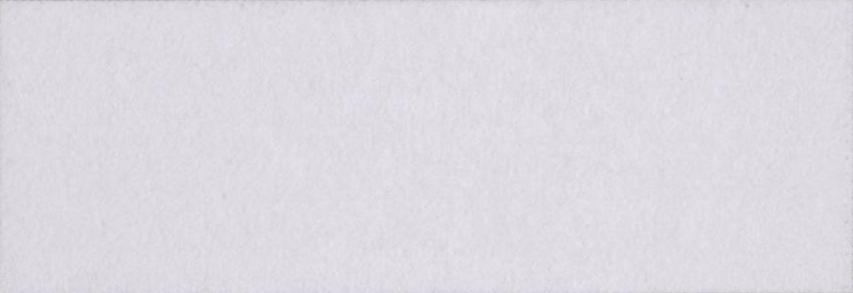
डिवाइन